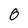
Character: 0